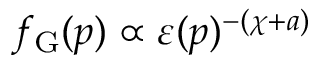
f _ { \mathrm { G } } ( \boldsymbol { p } ) \propto \varepsilon ( \boldsymbol { p } ) ^ { - ( \chi + a ) }